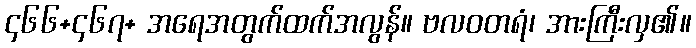
၄၆၆+၄၆၇+ အရေအတွက်ထက်အလွန်။ ဗလဝတရံ၊ အားကြီးလှ၏။